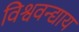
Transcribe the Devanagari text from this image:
विश्ववन्द्याय